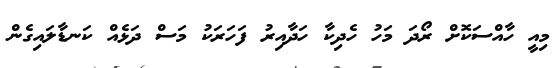
މިއީ ހާއްސަކޮށް ރޯދަ މަހު ހެދިކާ ހަދާއިރު ފަހަރަކު މަސް ދަޅެއް ކަނޑާލައިގެން